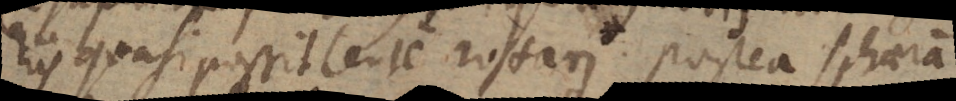
riis quasi possit lente rotari. Postea sphaeram